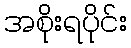
အစိုးရပိုင်း